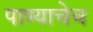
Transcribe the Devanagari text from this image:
पाण्याचेच